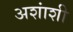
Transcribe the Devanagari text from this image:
अशांशी